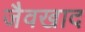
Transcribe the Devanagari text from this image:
जैवखाद